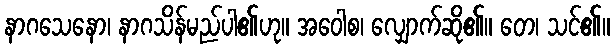
နာဂသေနော၊ နာဂသိန်မည်ပါ၏ဟု။ အဝေါစ၊ လျှောက်ဆို၏။ တေ၊ သင်၏။